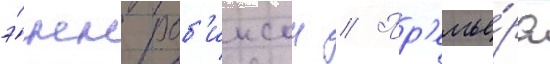
э́нн роб'инсон // Пр'емье́ра